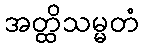
အတ္ထိသမ္မတံ